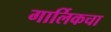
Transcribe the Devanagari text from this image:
गार्लिकचा